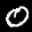
Label: 0